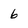
Character: 6